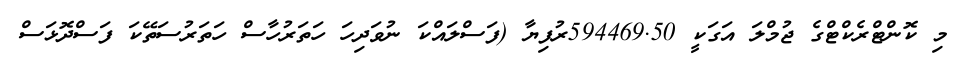
މި ކޮންޓްރެކްޓްގެ ޖުމްލަ އަގަކީ 594469.50ރުފިޔާ (ފަސްލައްކަ ނުވަދިހަ ހަތަރުހާސް ހަތަރުސަތޭކަ ފަސްދޮޅަސް